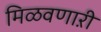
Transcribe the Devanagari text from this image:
मिळवणाऱी